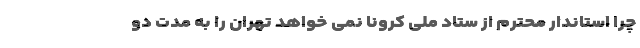
چرا استاندار محترم از ستاد ملی کرونا نمی خواهد تهران را به مدت دو